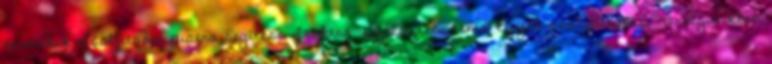
termékek előállítása, piacra segítése Szektor fejlesztési téma: Egyéb szolgáltatás ▪Térségünkben